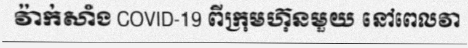
វ៉ាក់សាំង COVID-19 ពីក្រុមហ៊ុនមួយ នៅពេលវា